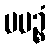
ပပဉ္စံ